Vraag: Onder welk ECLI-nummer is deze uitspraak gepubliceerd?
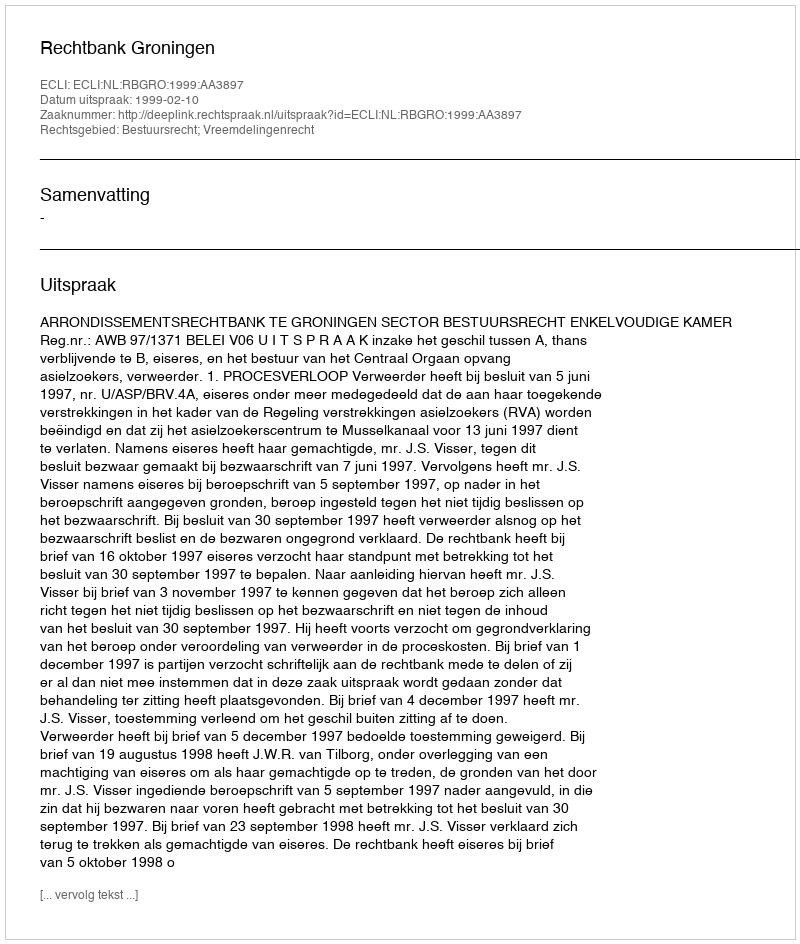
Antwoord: ECLI:NL:RBGRO:1999:AA3897